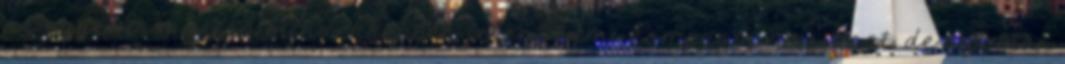
az egyenirányítás mindenképpen jelent némi kompromisszumot, de azt már